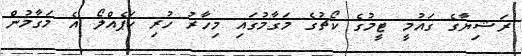
ރަޝިޔާގެ ގައުމީ ޓީމުގެ ކޯޗުގެ މަގާމުގައި މިހާރު ހުރި ކަޕެއްލޯ އެ މަގާމުން